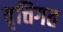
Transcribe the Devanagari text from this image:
वृत्तिगत